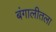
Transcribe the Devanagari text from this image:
बंगालीतला